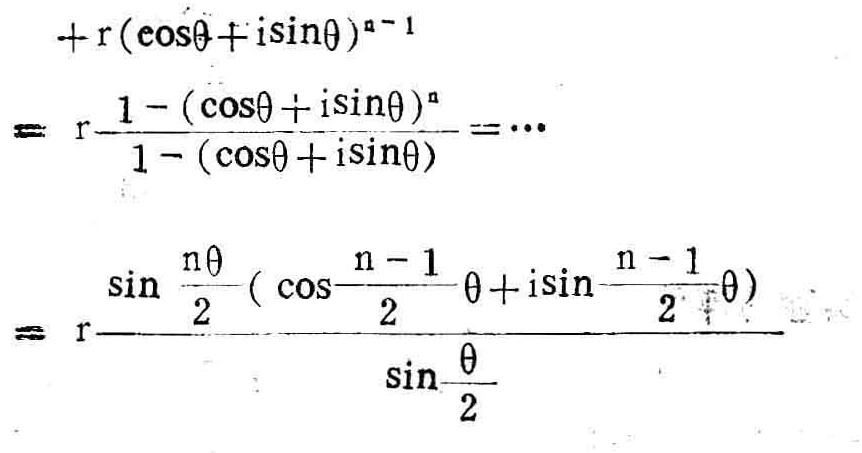
\[
\begin{align*}
&+r(\cos\theta + i\sin\theta)^{n - 1}\\
=&r\frac{1 - (\cos\theta + i\sin\theta)^{n}}{1 - (\cos\theta + i\sin\theta)}=\cdots\\
=&r\frac{\sin\frac{n\theta}{2}(\cos\frac{n - 1}{2}\theta + i\sin\frac{n - 1}{2}\theta)}{\sin\frac{\theta}{2}}
\end{align*}
\]